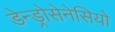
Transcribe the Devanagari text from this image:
डेन्ड्रोसेनेसियो